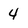
Character: 4